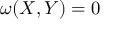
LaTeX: \omega ( X , Y ) = 0